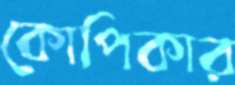
কোপিকার